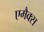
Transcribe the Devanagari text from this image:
एमैक्स